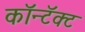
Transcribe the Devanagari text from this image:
कॉन्टॅक्ट